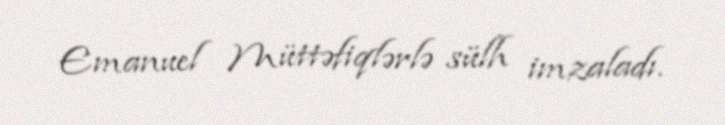
Emanuel Müttəfiqlərlə sülh imzaladı.